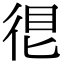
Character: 𢓼